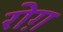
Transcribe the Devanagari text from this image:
रोग़